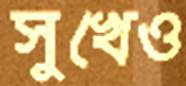
সুখেও